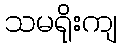
သမရိုးကျ